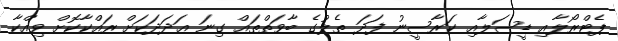
ޕެޓްރޯލާއި ޑީސަލާއި ކަރާސީނު ފަދަ ތެލުގެ ބާވަތްތައް ގިނަ ޢަދަދަކަށް ރައްކާކޮށް ވިއްކާ